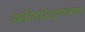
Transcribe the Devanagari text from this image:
संगीतशिक्षणाचा